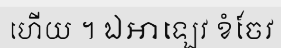
ហើយ ។ ឯអាឡេវ ខំចែវ